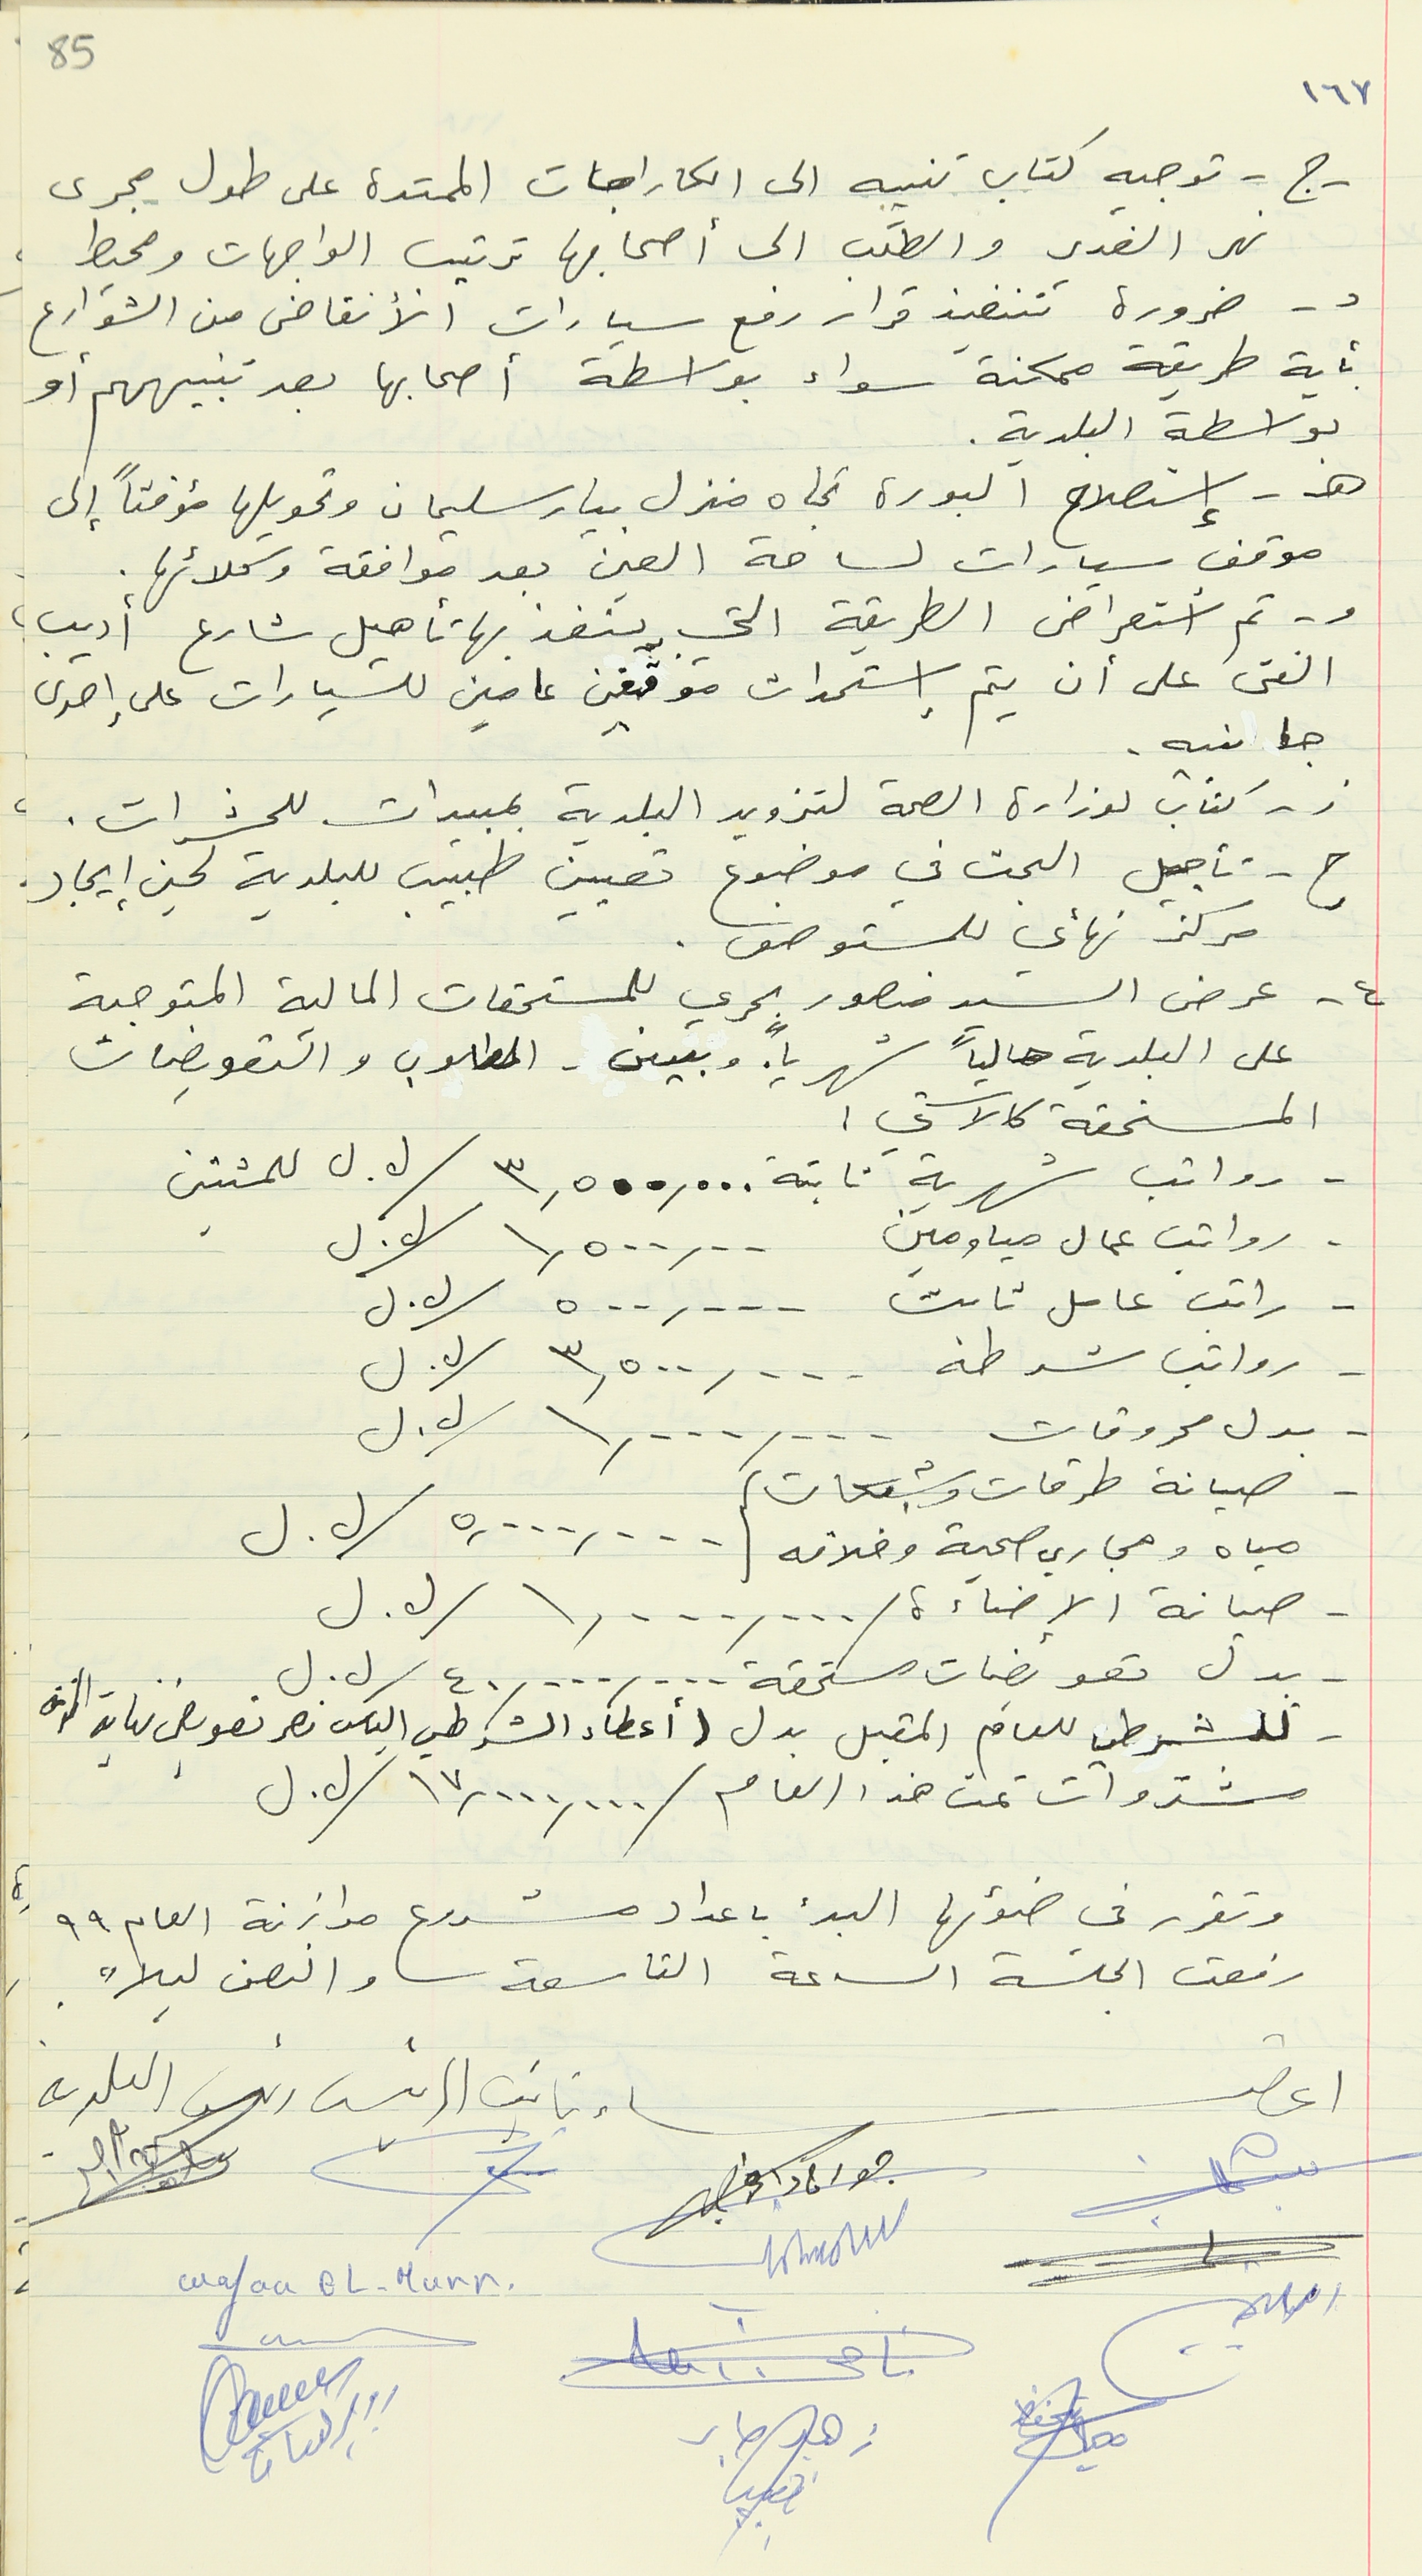
١٦٧
- ج - توجيه كتاب تنبيه الى الكاراجات الممتدة على طول مجرى
نهر الغدير والطلب الى أصحابها ترتيب الواجهات ومحيط
بأية طريقة ممكنة سواء بواسطة أصحابها بعد تنبيههم أو
بواسطة البلدية.
ه - إستصلاح البورة تجاه منزل بيار سليمان وتحويلها مؤقتاً إلى
موقف سيارات لساحة العين بعد موافقة وكلائها.
و- تم أستعراض الطريقة التي ينفذ بها تأهيل شارع أديب
الفتى على أن يتم إستحداث موقفين عامين للسيارات على إحدى
جانبيه .
ز - كتاب لوزارة الصحة لتزويد البلدية بمبيدات للحشرات .
ح - تأجيل البحث في موضوع تعيين طبيب للبلدية لحين إيجاد.
 مركز نهائي للمستوصف.
٤ - عرض السيد منصور بحري للمستحقات المالية المتوجبة
على البلدية حالياً شهرياً. وبين - المطلوب والتعويضات
- رواتب شهرية ثابتة ٣,٥٠٠,٠٠٠ / ل. ل للمثىتين
- رواتب عمال مياومين ١,٥٠٠,٠٠ / ل. ل
- راتب عامل ثابت  ٥٠٠,٠٠٠ / ل. ل
- رواتب شرطة  ٣,٥٠٠,٠٠٠ / ل. ل
بدل محروقات  ١,٠٠٠,٠٠٠ / ل. ل
- صيانة طرقات وشبكات
مياه ومجاري صحية وخلافه   ٥,٠٠٠,٠٠٠ / ل. ل
- صيانة الإضاءة ١,٠٠٠,٠٠٠ / ل. ل
- للشرطي للعام المقبل بدل (أعطاء الشرطي الياس نصر تعويض نهاية الخدمة
مشتروات تمت هذا العام  ١٧,٠٠٠,٠٠٠ / ل. ل
 وتقرر في ضوئها البدء باعداد مشروع موازنة العام ٩٩
رفعت الجلسة الساعة التاسعة والنصف ليلاً.
 اعضاء نايب الرئيس رئيس البلدية
زهير صابر
    جورج داغر
Wafaa EL-Murr
روبير كنعان
د - ضرورة تنفيذ قرار رفع سيارات الأنقاض من الشوارع
المستحقة كالآتي :
- بدل تعويضات مستحقة  ٤٠,٠٠٠,٠٠٠ / ل. ل
85